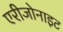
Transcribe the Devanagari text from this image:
एरीजोनाइट